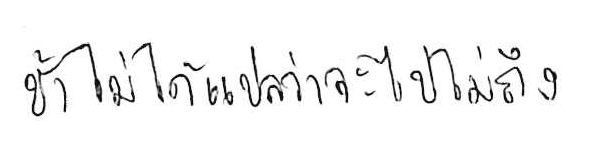
ช้า ไม่ได้แปลว่า จะไปไม่ถึง